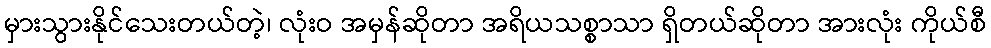
မှားသွားနိုင်သေးတယ်တဲ့၊ လုံးဝ အမှန်ဆိုတာ အရိယသစ္စာသာ ရှိတယ်ဆိုတာ အားလုံး ကိုယ်စီ